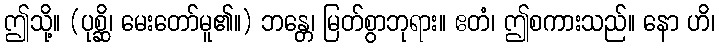
ဤသို့။ (ပုစ္ဆိ၊ မေးတော်မူ၏။) ဘန္တေ၊ မြတ်စွာဘုရား။ ဧတံ၊ ဤစကားသည်။ နော ဟိ၊